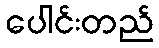
ပေါင်းတည်